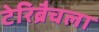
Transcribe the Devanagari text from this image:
टेरिब्रैचला